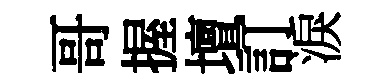
哥握壇訂淚